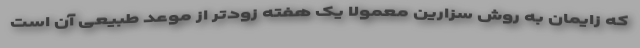
که زایمان به روش سزارین معمولا یک هفته زودتر از موعد طبیعی آن است